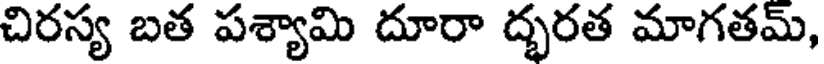
చిరస్య బత పశ్యామి దూరా ద్భరత మాగతమ్,